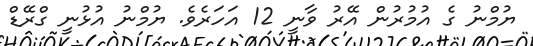
ޔުމްނު ގެ އުމުރުން އޭރު ވާނީ 12 އަހަރެވެ. ޔުމްނު އުޅުނީ ގްރޭޑް